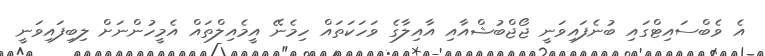
އެ ވެބްސައިޓްގައި ބުނެފައިވަނީ ޖޯޖްބުޝްއާއި އާއިލާގެ ވަހަކަތައް ހިމެނޭ އީމެއިލްތައް އެމީހުންނަށް ލިބިފައިވަނީ